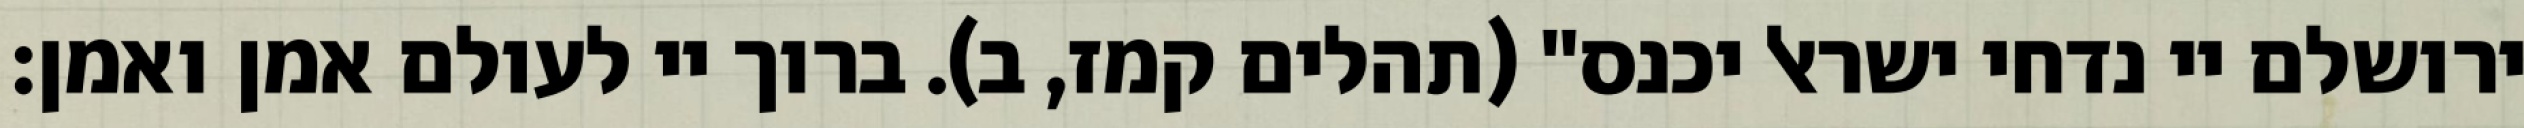
ירושלם יי נדחי ישראל יכנס" (תהלים קמז, ב). ברוך יי לעולם אמן ואמן: